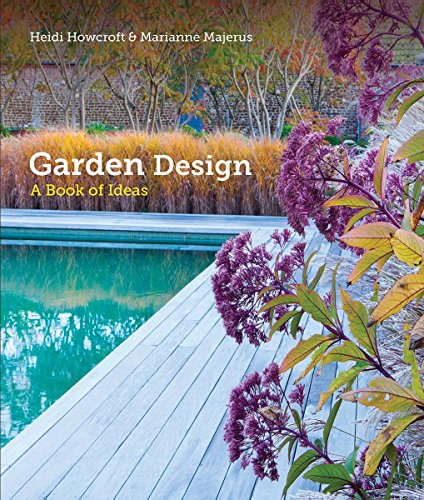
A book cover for Garden Design: A Book of Ideas; Heidi Howcroft; Arts & Photography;